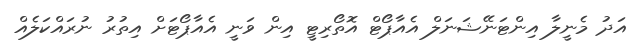
އަދު މެނީލާ އިންޓަނޭޝަނަލް އެއާޕޯޓް އޮތޯރިޓީ އިން ވަނީ އެއާޕޯޓަށް އިތުރު ނުރައްކަލެއް